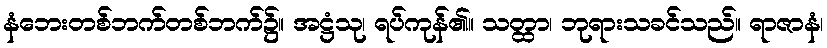
နံဘေးတစ်ဘက်တစ်ဘက်၌။ အဋ္ဌံသု၊ ရပ်ကုန်၏။ သတ္ထာ၊ ဘုရားသခင်သည်။ ရာဇာနံ၊